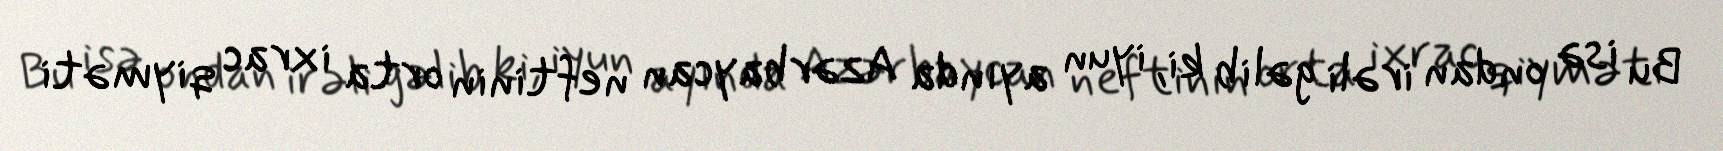
Bu isə ondan irəli gəlib ki, iyun ayında Azərbaycan neftinin orta ixrac qiyməti